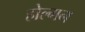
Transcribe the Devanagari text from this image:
होल्गन